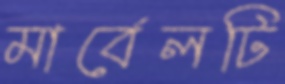
মার্বেলটি